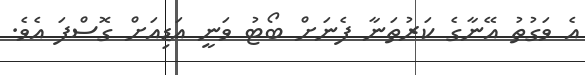
އެ ވަގުތު އޭނާގެ ކަރުތަނާ ފެނަށް ބޯޓު ވަނީ އަޑިއަށް ގޮސްފަ އެވެ.